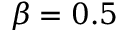
\beta = 0 . 5